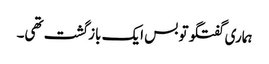
ہماری گفتگو تو بس ایک بازگشت تھی۔